system: You are a helpful assistant.
user:
Analyze the provided spectrum to determine if it is a **S-type Star**.

- **Key Indicators for S-type Star:**

    - **(Overall Spectrum Shape):** The first and most obvious characteristic is the overall continuum (the "baseline" shape). It is **extremely "red-sloping,"** meaning the flux (light intensity) is very low on the left side (blue, ~4000-4500 Å) and rises steeply and continuously toward the right side (red, ~7000 Å+).

    - **(Primary):** The spectrum is defined by the presence of strong, broad molecular absorption "valleys" (bands) from **Zirconium Oxide (ZrO)**. The identification of these bands is the **primary requirement** for classifying a star as S-type.
        - **(Key Bandheads):** You must find distinct, deep "dips" where the light has been absorbed. The most critical band systems to locate are:
            - **~6474 Å** ($\gamma$-system): This is often the strongest and clearest ZrO feature, found in the red part of the spectrum.
            - **~5718 Å** & **~5551 Å** ($\beta$-system): A pair of prominent absorption features in the yellow-orange part of the spectrum.
            - **~4640 Å** ($\alpha$-system): A key absorption band system in the blue-green region of the spectrum.

    - **(Secondary Confirmation):** The classification is strengthened by finding additional absorption bands from other related heavy element oxides, which are expected to be present alongside ZrO.
        - **(Key Bandheads):**
            - **Yttrium Oxide (YO):** Look for absorption dips near **~4800 Å** and **~6100 Å**.
            - **Lanthanum Oxide (LaO):** Additional absorption features, particularly in the red-orange part of the spectrum, are also characteristic.

    - **(Line Profile):** The combination of the steep red continuum and these numerous, deep molecular bands (ZrO, YO, etc.) gives the entire spectrum a very **"chopped-up"** or **"bumpy"** appearance. Instead of a smooth curve, the spectrum looks as though large, wide chunks of light have been "carved out" of it at the specific wavelengths listed above.

Think first, call **spectral_visualization_tool** if needed to examine features in detail, then provide your final answer. Your response must adhere to the following strict rules:
1.  **Overall Structure:** Your response must follow the format `<think>...</think> <tool_call>...</tool_call> (if a tool is used) <answer>...</answer>`.
2.  **Tool Usage Constraint:** You may only make **one** tool call per turn.
3.  **Final Answer Format:** In the `<answer>` tag, your conclusion must be inside a `\boxed{}` command (e.g., `\boxed{YES}` or `\boxed{NO}`), followed by your justification.

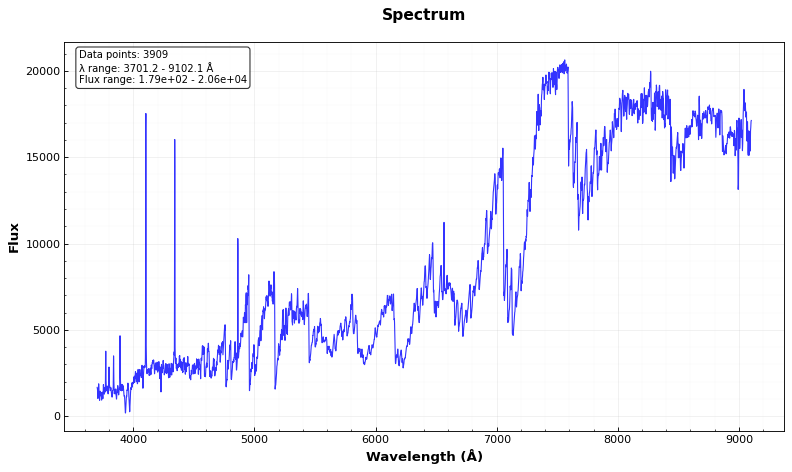
Answer: YES